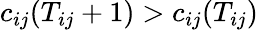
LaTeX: c_{ij}(T_{ij}+1)>c_{ij}(T_{ij})